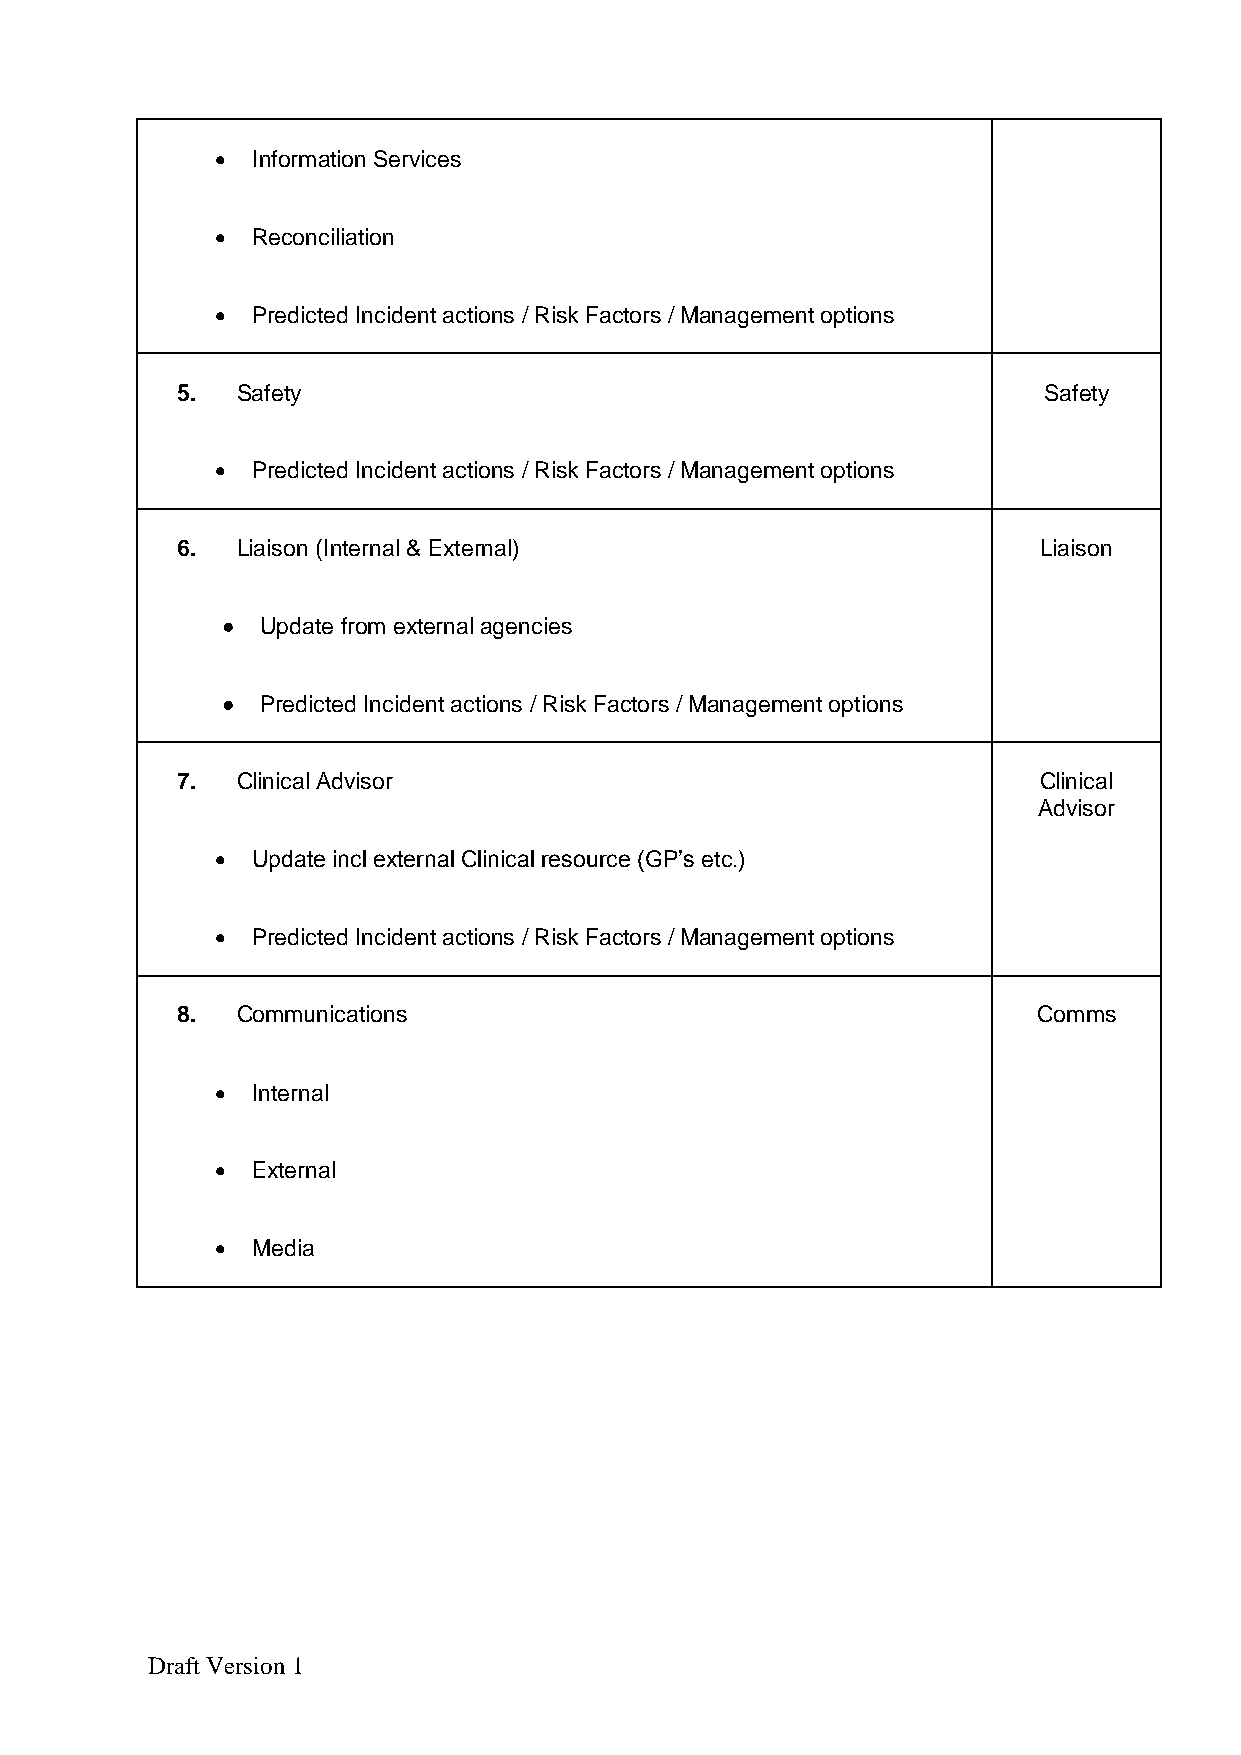
  Information Services
   Reconciliation
   Predicted Incident actions / Risk Factors / Management options
 5.  Safety                                               Safety
   Predicted Incident actions / Risk Factors / Management options
 6.  Liaison (Internal & External)                        Liaison
  Update from external agencies
  Predicted Incident actions / Risk Factors / Management options
 7.  Clinical Advisor                                     Clinical
 Advisor
   Update incl external Clinical resource (GP’s etc.)
   Predicted Incident actions / Risk Factors / Management options
 8.  Communications                                       Comms
   Internal
   External
   Media
 Draft Version 1